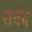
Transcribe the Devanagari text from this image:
सर्वद